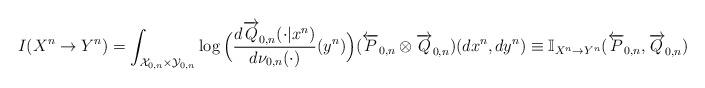
LaTeX: \begin{align*}I(X^n\rightarrow{Y}^n)=\int_{{\cal X}_{0,n} \times {\cal Y}_{0,n}} \log \Big( \frac{d{\overrightarrow Q}_{0,n}(\cdot|x^n)}{d\nu_{0,n}(\cdot)}(y^n)\Big)({\overleftarrow P}_{0,n}\otimes {\overrightarrow Q}_{0,n})(dx^n,dy^n)\equiv{\mathbb{I}}_{X^n\rightarrow{Y^n}}({\overleftarrow P}_{0,n}, {\overrightarrow Q}_{0,n})\end{align*}